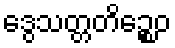
ဒွေသတ္တတိဉ္စေဝ